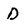
Character: D